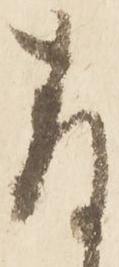
存